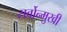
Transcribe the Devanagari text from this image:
सर्वोन्मुखी